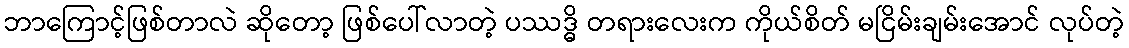
ဘာကြောင့်ဖြစ်တာလဲ ဆိုတော့ ဖြစ်ပေါ်လာတဲ့ ပဿဒ္ဓိ တရားလေးက ကိုယ်စိတ် မငြိမ်းချမ်းအောင် လုပ်တဲ့